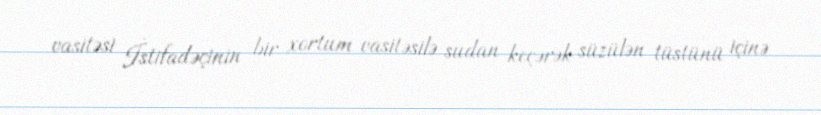
vasitəsi İstifadəçinin bir xortum vasitəsilə sudan keçərək süzülən tüstünü içinə